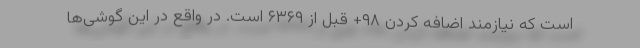
است که نیازمند اضافه کردن ۹۸+ قبل از ۶۳۶۹ است. در واقع در این گوشی‌ها